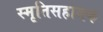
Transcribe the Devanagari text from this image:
स्मृतिसहायक